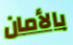
بالأمان